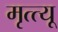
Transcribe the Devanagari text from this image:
मृत्त्यू